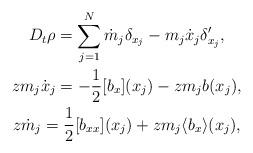
LaTeX: \begin{align*} \begin{gathered} D_t \rho=\sum_{j=1}^N \dot m_j \delta_{x_j} - m_j \dot x_j \delta_{x_j}', \\zm_j\dot x_j=-\frac12 [b_x](x_j)-zm_j b(x_j),\\z\dot m_j=\frac12 [b_{xx}](x_j)+zm_j\langle b_x \rangle (x_j), \end{gathered}\end{align*}